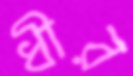
ধীর